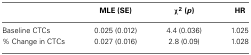
|  | MLE (SE) | χ2 (p) | HR |
 | --- | --- | --- | --- |
 | Baseline CTCs | 0.025 (0.012) | 4.4 (0.036) | 1.025 |
 | % Change in CTCs | 0.027 (0.016) | 2.8 (0.09) | 1.028 |